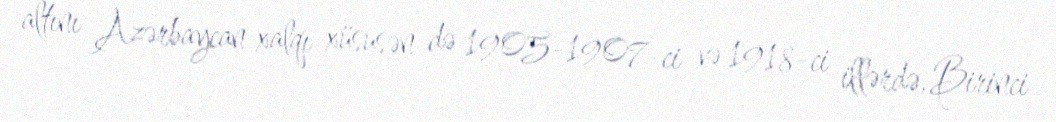
altını Azərbaycan xalqı xüsusən də 1905-1907-ci və 1918-ci illərdə, Birinci